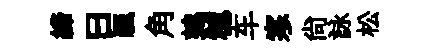
締曰颿角鹑穂车寒尙詠松